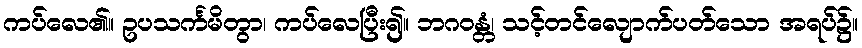
ကပ်လေ၏။ ဥပသင်္ကမိတွာ၊ ကပ်လေပြီး၍။ ဘဂဝန္တံ၊ သင့်တင်လျောက်ပတ်သော အရပ်၌။